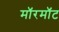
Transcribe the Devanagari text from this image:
मॉरमॉट